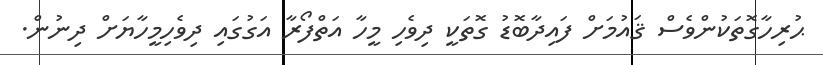
ޙުރިހާގޮތަކުންވެސް ޤައުމަށް ފައިދާބޮޑު ގޮތަކީ ދިވެހި މީހާ އަތްފޯރާ އަގުގައި ދިވެހިމީހާޔަށް ދިނުން.